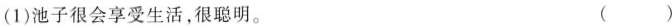
(1)池子很会享受生活，很聪明。 ( )